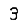
Digit: 3